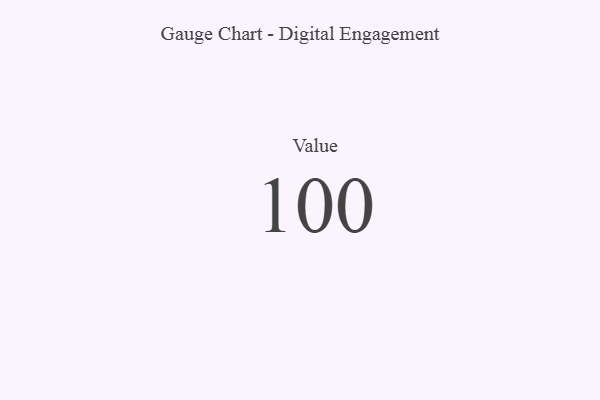
{"axis": {"x": "Metric", "y": "Value"}, "legend": [""], "data": [{"x": "Value", "y": 100, "type": ""}]}